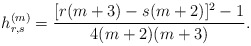
\begin{align*} h_{r,s}^{(m)} = \frac{[r(m+3)-s(m+2)]^2-1}{4(m+2)(m+3)}.\end{align*}